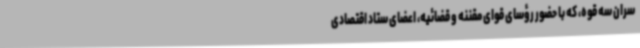
سران سه قوه، که با حضور رؤسای قوای مقننه و قضائیه، اعضای ستاد اقتصادی